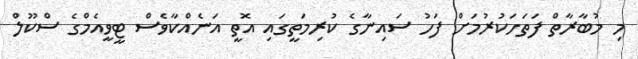
މި މުބާރާތް ފަތަހަކުރުމަށް ފަހު ސައިނާގެ ކުރިމަތީގައި އޮތީ އަނެއްކާވެސް ޓީވީއެމްގެ ސްކޫލް